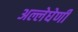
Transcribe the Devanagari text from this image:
अल्लेघेणी